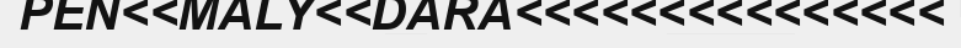
PEN<<MALY<<DARA<<<<<<<<<<<<<<<